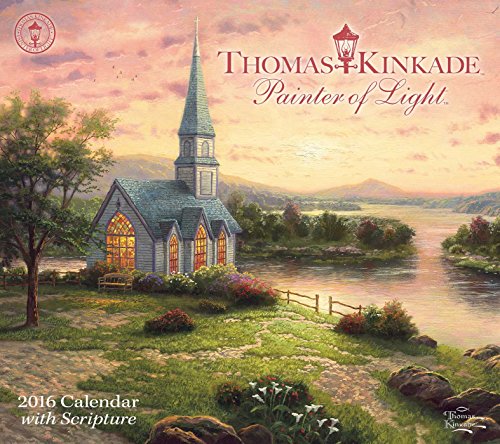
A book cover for Thomas Kinkade Painter of Light with Scripture 2016 Deluxe Wall Calendar; Thomas Kinkade; Calendars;